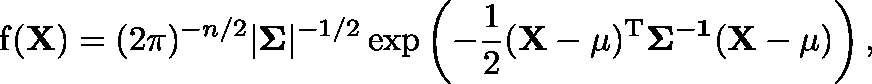
\operatorname { f } ( \mathbf { X } ) = ( 2 \pi ) ^ { - n / 2 } | \mathbf { \Sigma } | ^ { - 1 / 2 } \exp \left( - { \frac { 1 } { 2 } } \mathbf { ( X - \mu ) ^ { \mathrm { { T } } } \Sigma ^ { - 1 } ( X - \mu ) } \right) ,